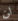
لن